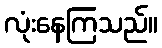
လုံးနေကြသည်။